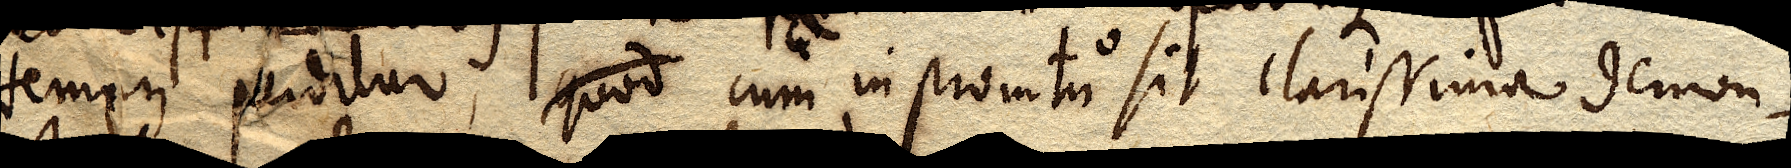
tempus perditur, quod cum in promtu sit clarissima demon–